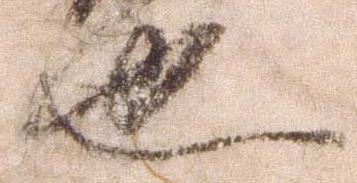
也